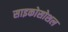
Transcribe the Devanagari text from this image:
साइकोसोशल